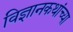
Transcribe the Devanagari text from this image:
विज्ञानकथांच्या